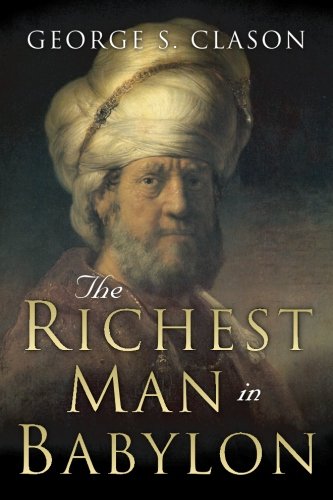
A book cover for The Richest Man in Babylon; George S. Clason; Business & Money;